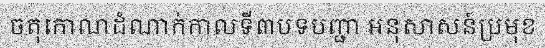
ចតុកោណដំណាក់កាលទី៣បទបញ្ជា អនុសាសន៍ប្រមុខ